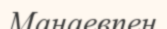
Манаевпен